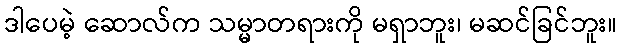
ဒါပေမဲ့ ဆောလ်က သမ္မာတရားကို မရှာဘူး၊ မဆင်ခြင်ဘူး။